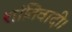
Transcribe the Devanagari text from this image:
शांतिवादी।